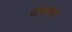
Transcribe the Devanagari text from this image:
जसरथ